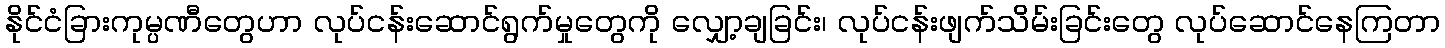
နိုင်ငံခြားကုမ္ပဏီတွေဟာ လုပ်ငန်းဆောင်ရွက်မှုတွေကို လျှော့ချခြင်း၊ လုပ်ငန်းဖျက်သိမ်းခြင်းတွေ လုပ်ဆောင်နေကြတာ